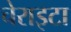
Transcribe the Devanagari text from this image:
चेराइटा